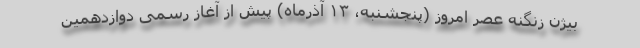
بیژن زنگنه عصر امروز (پنجشنبه، ۱۳ آذرماه) پیش از آغاز رسمی دوازدهمین